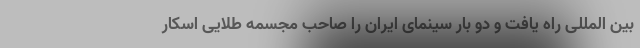
بین المللی راه یافت و دو بار سینمای ایران را صاحب مجسمه طلایی اسکار